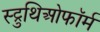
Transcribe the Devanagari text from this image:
स्ट्रुथिओफॉर्म